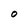
Character: O